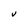
Character: v